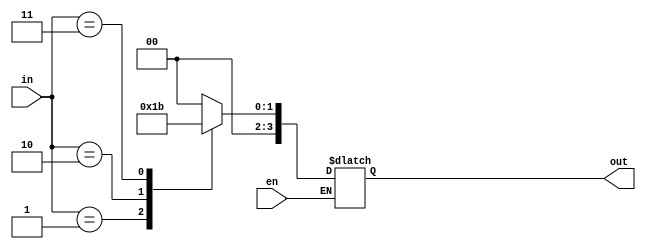
`timescale 1ns / 1ps
//////////////////////////////////////////////////////////////////////////////////
// Company: 
// Engineer: 
// 
// Design Name: 
// Module Name: decoder2x4
// Project Name: 
// Target Devices: 
// Tool Versions: 
// Description: 
// 
// Dependencies: 
// 
// Revision:
// Revision 0.01 - File Created
// Additional Comments:
// 
//////////////////////////////////////////////////////////////////////////////////


module decoder2x4(input [1:0]in, input en, output reg [3:0] out);

always @ (*) begin
if(en) begin
 case(in)
0: out = 2'b00;
1: out = 2'b01;
2: out = 2'b10;
3: out = 2'b11;
 endcase
 end
 end
endmodule